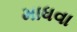
માધવા